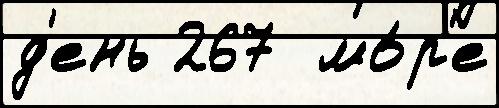
д'ень 267  мо́р'е